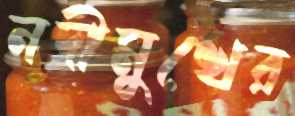
নদীমুখের